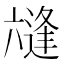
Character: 𭁛